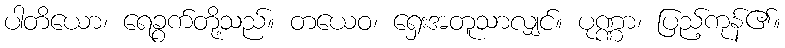
ပါတိယော၊ ရေခွက်တို့သည်။ တယေဝ၊ ရှေးအတူသာလျှင်။ ပုဏ္ဏာ၊ ပြည့်ကုန်၏။